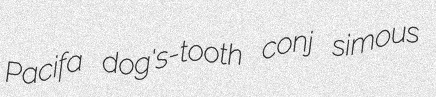
Pacifa dog's-tooth conj simous